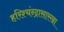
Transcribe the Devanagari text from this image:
हरिश्चंन्द्रासारखा